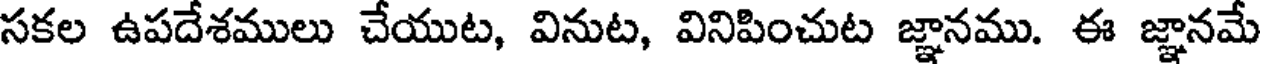
సకల ఉపదేశములు చేయుట, వినుట, వినిపించుట జ్ఞానము. ఈ జ్ఞానమే